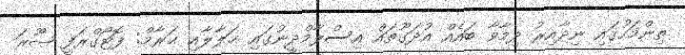
ތިންމަހުގައި ނިދާއިރު ދިމާވާ ބައެއް އުދަގޫތައް އިސްލާމްދީނުގައި ޙަލާލާއި ޙަރާމް: ފޮޓޯގްރަފީ ޞޫރަ